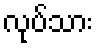
လုပ်သား